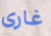
غارى